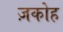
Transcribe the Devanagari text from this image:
ज़कोह